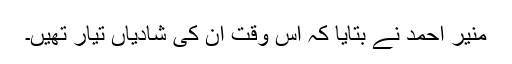
منیر احمد نے بتایا کہ اس وقت ان کی شادیاں تیار تھیں۔